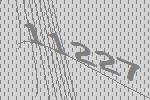
11227